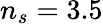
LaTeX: n_{s}=3.5